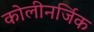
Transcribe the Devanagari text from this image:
कोलीनर्जिक